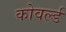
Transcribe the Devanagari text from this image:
कोवर्ल्ड